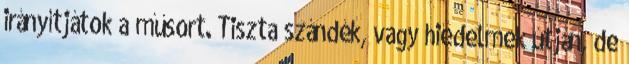
irányítjátok a műsort. Tiszta szándék, vagy hiedelmek útján, de